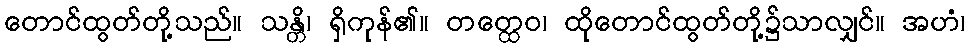
တောင်ထွတ်တို့သည်။ သန္တိ၊ ရှိကုန်၏။ တတ္ထေဝ၊ ထိုတောင်ထွတ်တို့၌သာလျှင်။ အဟံ၊